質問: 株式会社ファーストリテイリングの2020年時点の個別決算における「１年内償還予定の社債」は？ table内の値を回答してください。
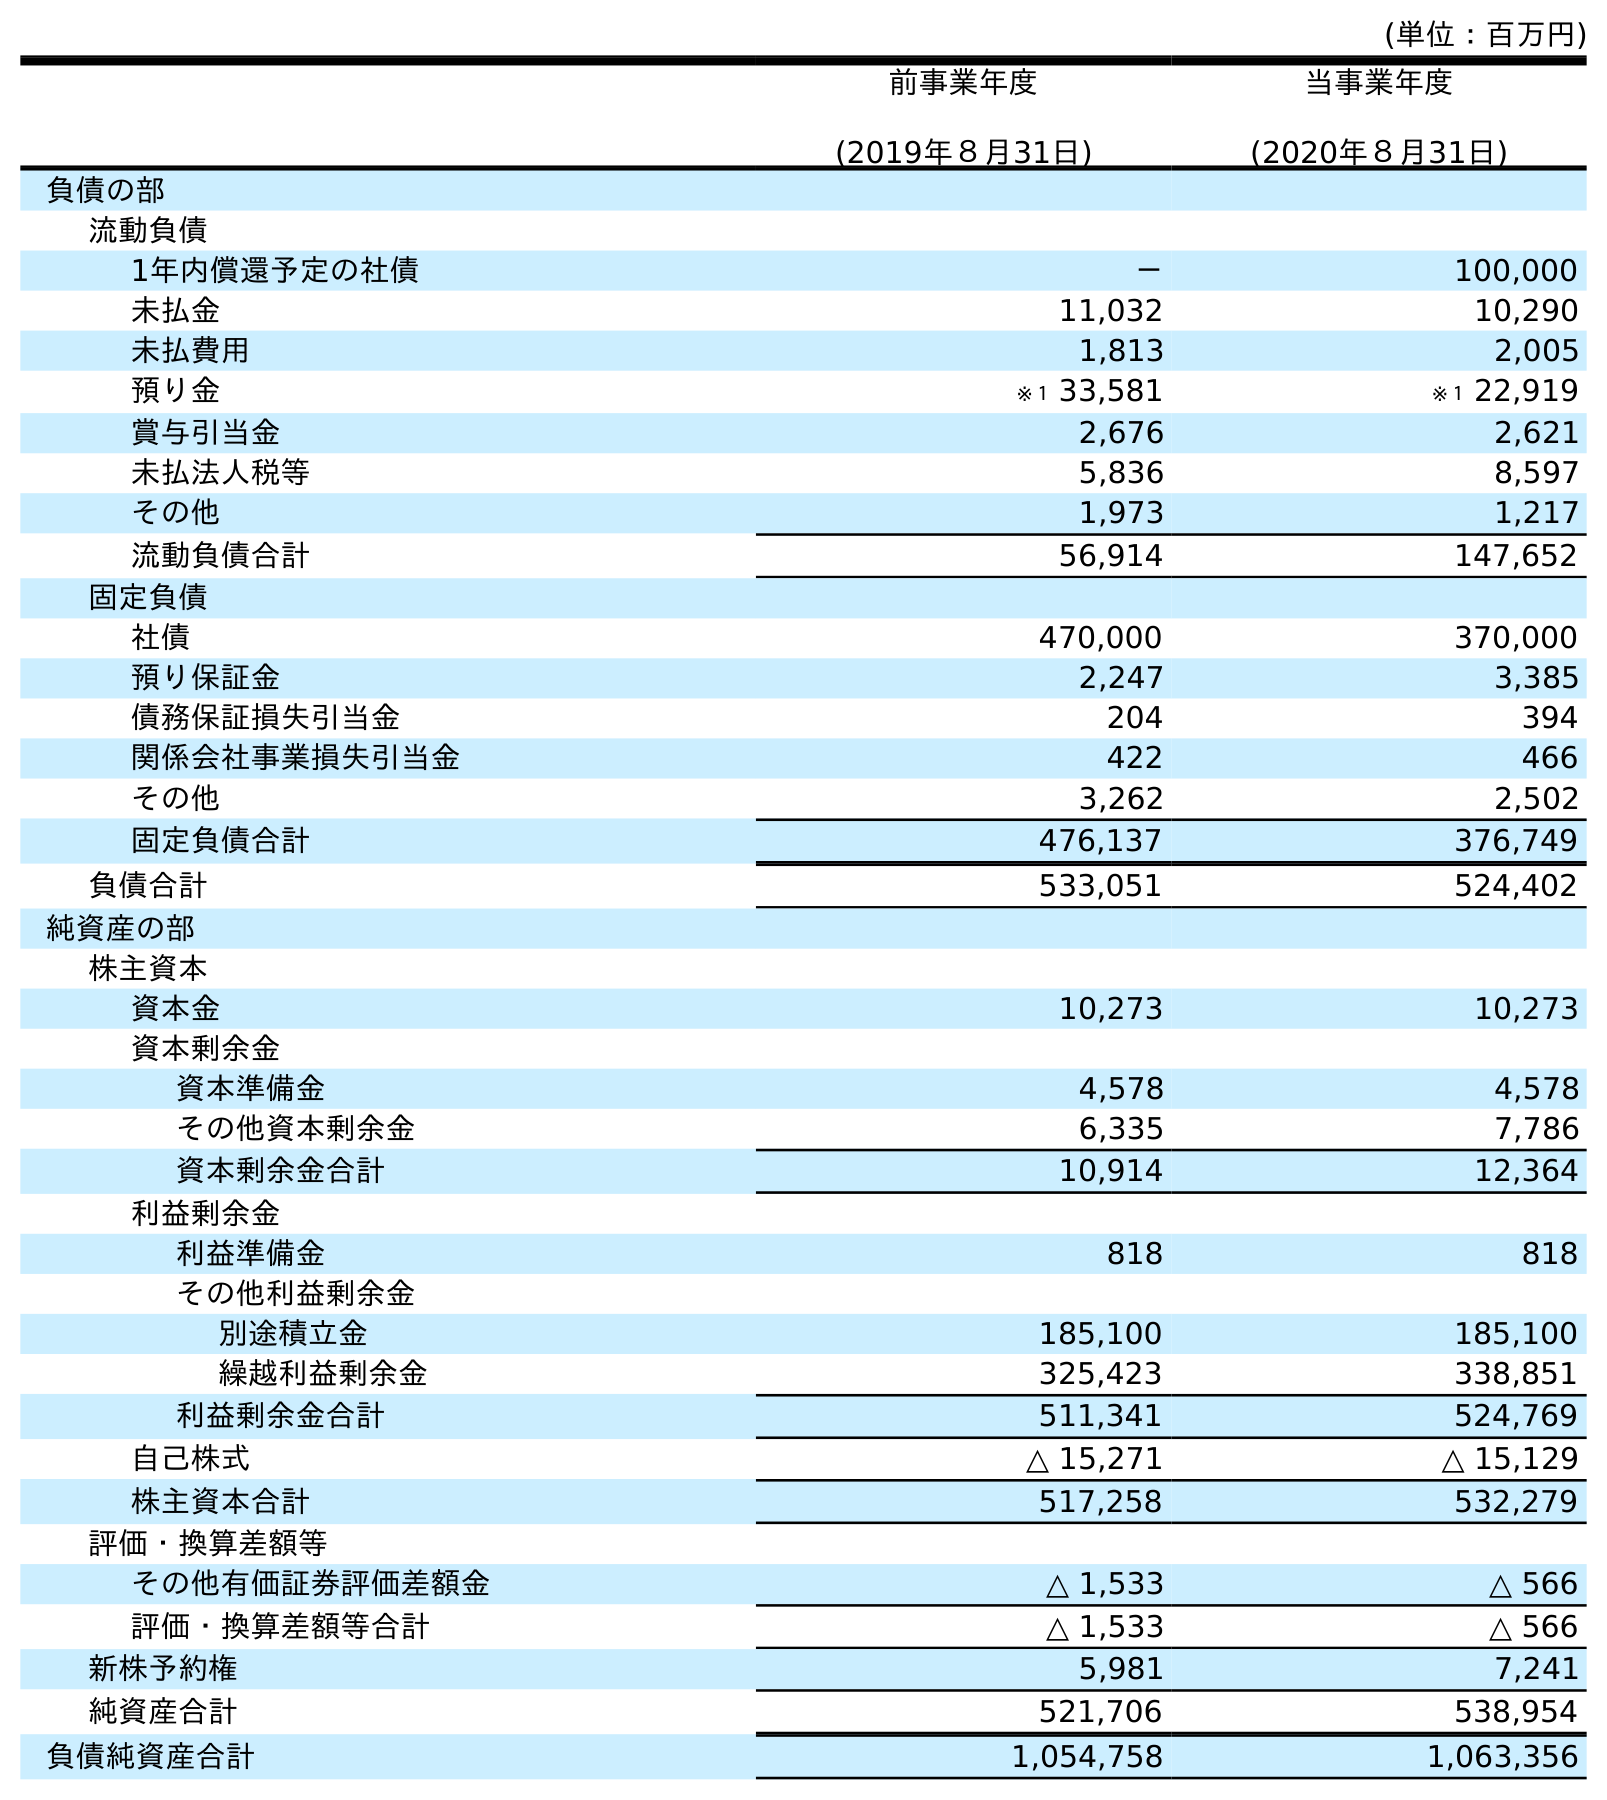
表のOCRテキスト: (単位：百万円) 前事業年度 (2019年８月31日) 当事業年度 (2020年８月31日) 負債の部 流動負債 1年内償還予定の社債 － 100,000 未払金 11,032 10,290 未払費用 1,813 2,005 預り金 ※１ 33,581 ※１ 22,919 賞与引当金 2,676 2,621 未払法人税等 5,836 8,597 その他 1,973 1,217 流動負債合計 56,914 147,652 固定負債 社債 470,000 370,000 預り保証金 2,247 3,385 債務保証損失引当金 204 394 関係会社事業損失引当金 422 466 その他 3,262 2,502 固定負債合計 476,137 376,749 負債合計 533,051 524,402 純資産の部 株主資本 資本金 10,273 10,273 資本剰余金 資本準備金 4,578 4,578 その他資本剰余金 6,335 7,786 資本剰余金合計 10,914 12,364 利益剰余金 利益準備金 818 818 その他利益剰余金 別途積立金 185,100 185,100 繰越利益剰余金 325,423 338,851 利益剰余金合計 511,341 524,769 自己株式 △ 15,271 △ 15,129 株主資本合計 517,258 532,279 評価・換算差額等 その他有価証券評価差額金 △ 1,533 △ 566 評価・換算差額等合計 △ 1,533 △ 566 新株予約権 5,981 7,241 純資産合計 521,706 538,954 負債純資産合計 1,054,758 1,063,356
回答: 100,000